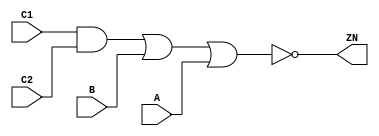
module AOI211_X4 (A, B, C1, C2, ZN);
  input A;
  input B;
  input C1;
  input C2;
  output ZN;
  not(ZN, i_20);
  not(i_20, i_21);
  not(i_21, i_22);
  or(i_22, i_23, A);
  or(i_23, i_24, B);
  and(i_24, C1, C2);
  specify
    if((B == 1'b0) && (C1 == 1'b0) && (C2 == 1'b0)) (A => ZN) = (0.1, 0.1);
    if((B == 1'b0) && (C1 == 1'b0) && (C2 == 1'b1)) (A => ZN) = (0.1, 0.1);
    if((B == 1'b0) && (C1 == 1'b1) && (C2 == 1'b0)) (A => ZN) = (0.1, 0.1);
    if((A == 1'b0) && (C1 == 1'b0) && (C2 == 1'b0)) (B => ZN) = (0.1, 0.1);
    if((A == 1'b0) && (C1 == 1'b0) && (C2 == 1'b1)) (B => ZN) = (0.1, 0.1);
    if((A == 1'b0) && (C1 == 1'b1) && (C2 == 1'b0)) (B => ZN) = (0.1, 0.1);
    (C1 => ZN) = (0.1, 0.1);
    (C2 => ZN) = (0.1, 0.1);
  endspecify
endmodule